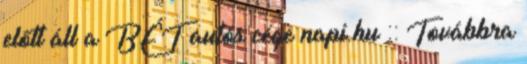
előtt áll a BÉT autós cége napi.hu :: Továbbra